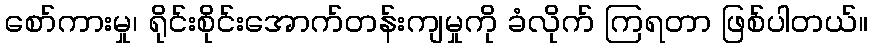
စော်ကားမှု၊ ရိုင်းစိုင်းအောက်တန်းကျမှုကို ခံလိုက် ကြရတာ ဖြစ်ပါတယ်။